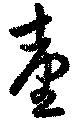
台